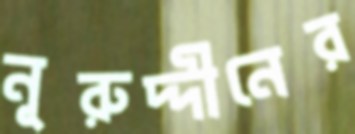
নূরুদ্দীনের